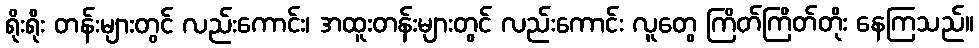
ရိုးရိုး တန်းများတွင် လည်းကောင်း၊ အထူးတန်းများတွင် လည်းကောင်း လူတွေ ကြိတ်ကြိတ်တိုး နေကြသည်။